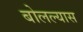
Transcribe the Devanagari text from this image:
बोलल्यास